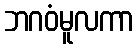
ဘဂဝံမူလကာ